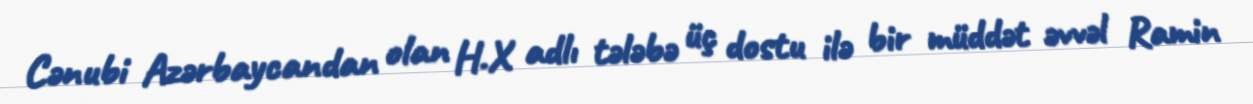
Cənubi Azərbaycandan olan H.X adlı tələbə üç dostu ilə bir müddət əvvəl Ramin